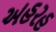
અહરહ